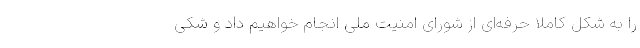
را به شکل کاملا حرفه‌ای از شورای امنیت ملی انجام خواهیم داد و شکی